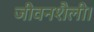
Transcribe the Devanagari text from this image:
जीवनशैली।